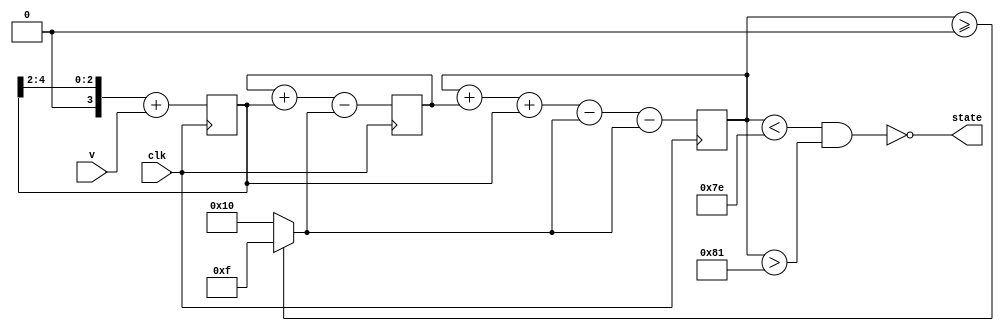
module second_order_sig_del(v, clk, state);

parameter in_bw = 5;
parameter internal_bw = 8;
parameter alpha = 2;

input clk;
input signed [in_bw-1:0] v; //input derivative term
output state;
wire signed [in_bw-1:0] feedback;
reg signed [internal_bw-1:0] integrator1;
reg signed [internal_bw-1:0] integrator2;
reg signed [in_bw-1:0] u; //input to sig del

assign feedback = (integrator2 >= 0) ? 2**(in_bw-1)-1 : -2**(in_bw-1);

`define MAX_INTEGRATOR ((2**(internal_bw-1))-1)
`define MIN_INTEGRATOR (-(2**(internal_bw-1)))

assign state = !((integrator2 < `MAX_INTEGRATOR -1) && (integrator2 > `MIN_INTEGRATOR + 1));

always@ (posedge clk)
begin
      u <= (u>>alpha) + v;
      integrator1 <= integrator1 + u - feedback;
      integrator2 <= integrator2 + integrator1 + u - feedback - feedback;
end

endmodule